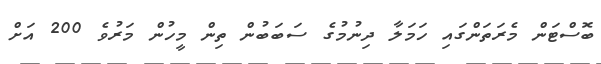
ބޮސްޓަން މެރަތަންގައި ހަމަލާ ދިނުމުގެ ސަބަބުން ތިން މީހުން މަރުވެ 200 އަށް